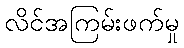
လိင်အကြမ်းဖက်မှု